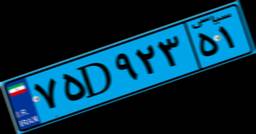
۹۷D۹۹۴۳۷